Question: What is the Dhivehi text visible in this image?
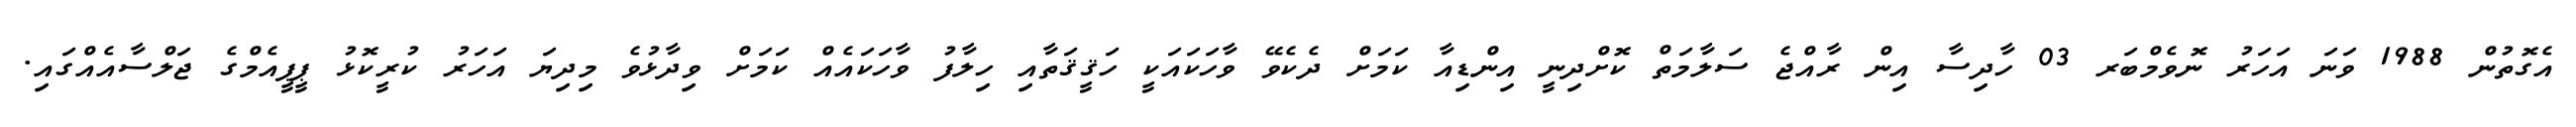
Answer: އެގޮތުން 1988 ވަނަ އަހަރު ނޮވެމްބަރ 03 ހާދިސާ އިން ރާއްޖެ ސަލާމަތް ކޮށްދިނީ އިންޑިއާ ކަމަށް ދެކެވޭ ވާހަކައަކީ ހަޤީޤަތާއި ހިލާފު ވާހަކައެއް ކަމަށް ވިދާޅުވެ މިދިޔަ އަހަރު ކުރީކޮޅު ޕީޕީއެމްގެ ޖަލްސާއެއްގައި.